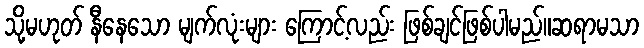
သို့မဟုတ် နီနေသော မျက်လုံးများ ကြောင့်လည်း ဖြစ်ချင်ဖြစ်ပါမည်။ဆရာမသာ